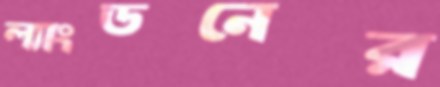
ল্যাংডনের